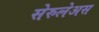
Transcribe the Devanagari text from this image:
सेरुलेअस